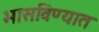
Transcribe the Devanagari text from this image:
भासविण्यात